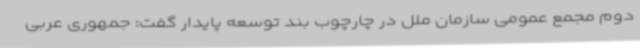
دوم مجمع عمومی سازمان ملل در چارچوب بند توسعه پایدار گفت: جمهوری عربی